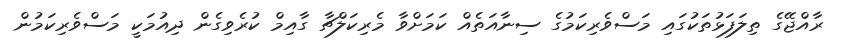
ރާއްޖޭގެ ތިލަފަޅުތަކުގައި މަސްވެރިކަމުގެ ސިނާއަތެއް ކަމަށްވާ މެރިކަލްޗާ ގާއިމް ކުރެވިގެން ދިއުމަކީ މަސްވެރިކަމުން